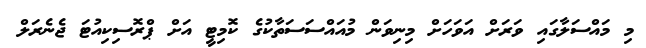
މި މައްސަލާގައި ވަރަށް އަވަހަށް މިނިވަން މުއައްސަސަތާކުގެ ކޮމިޓީ އަށް ޕްރޮސިކިއުޓަ ޖެނެރަލް